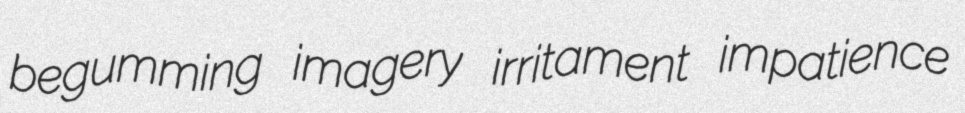
begumming imagery irritament impatience